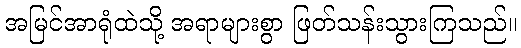
အမြင်အာရုံထဲသို့ အရာများစွာ ဖြတ်သန်းသွားကြသည်။